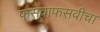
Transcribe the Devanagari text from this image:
फसवाफसवीचा